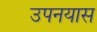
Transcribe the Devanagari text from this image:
उपनयास